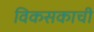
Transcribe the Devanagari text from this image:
विकसकाची